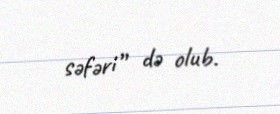
səfəri” də olub.